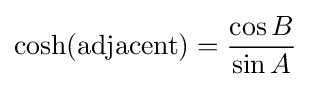
{\textrm {cosh(adjacent)}}={\frac {\cos B}{\sin A}}